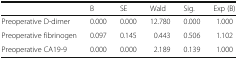
|  | B | SE | Wald | Sig. | Exp (B) |
 | --- | --- | --- | --- | --- | --- |
 | Preoperative D-dimer | 0.000 | 0.000 | 12.780 | 0.000 | 1.000 |
 | Preoperative fibrinogen | 0.097 | 0.145 | 0.443 | 0.506 | 1.102 |
 | Preoperative CA19-9 | 0.000 | 0.000 | 2.189 | 0.139 | 1.000 |